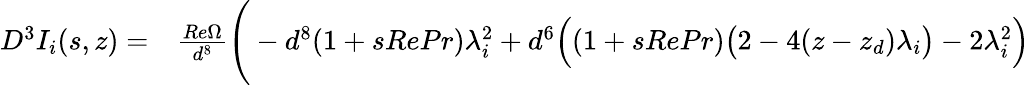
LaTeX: \begin{array}{rl}{D^{3}I_{i}(s,z)=}&{{}\frac{Re\Omega}{d^{8}}\Bigg(-d^{8}(1+sRePr)\lambda_{i}^{2}+d^{6}\Big((1+sRePr)\big(2-4(z-z_{d})\lambda_{i}\big)-2\lambda_{i}^{2}\Big)}\end{array}